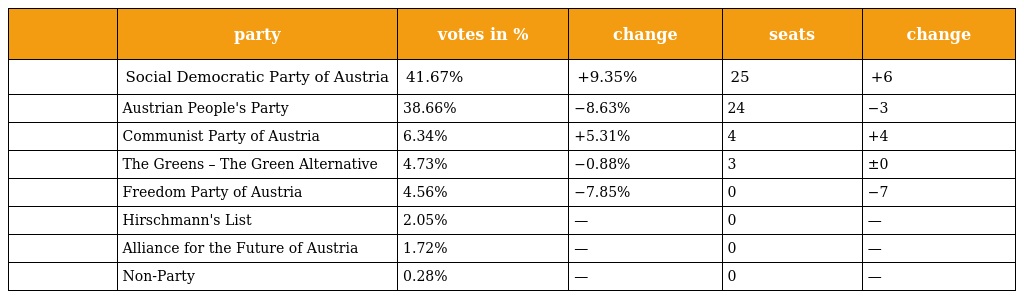
|  | party | votes in % | change | seats | change |
 | --- | --- | --- | --- | --- | --- |
 |  | Social Democratic Party of Austria | 41.67% | +9.35% | 25 | +6 |
 |  | Austrian People's Party | 38.66% | −8.63% | 24 | −3 |
 |  | Communist Party of Austria | 6.34% | +5.31% | 4 | +4 |
 |  | The Greens – The Green Alternative | 4.73% | −0.88% | 3 | ±0 |
 |  | Freedom Party of Austria | 4.56% | −7.85% | 0 | −7 |
 |  | Hirschmann's List | 2.05% | — | 0 | — |
 |  | Alliance for the Future of Austria | 1.72% | — | 0 | — |
 |  | Non-Party | 0.28% | — | 0 | — |